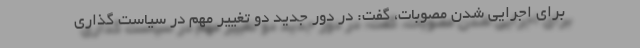
برای اجرایی شدن مصوبات، گفت: در دور جدید دو تغییر مهم در سیاست گذاری